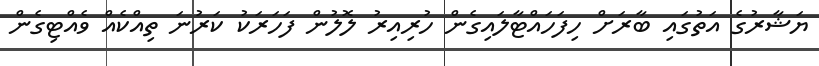
ޔަޝާރުގެ އަތުގައި ބާރަށް ހިފަހައްޓާލައިގެން ހުރިއިރު ލޮލުން ފަހަރަކު ކަރުނަ ތިއްކެއް ވެއްޓިގެން